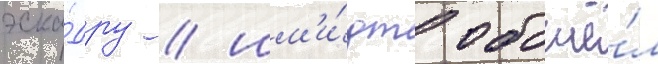
эска́дру / шм'и́дт обошё́л